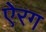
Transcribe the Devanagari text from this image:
ऐरग